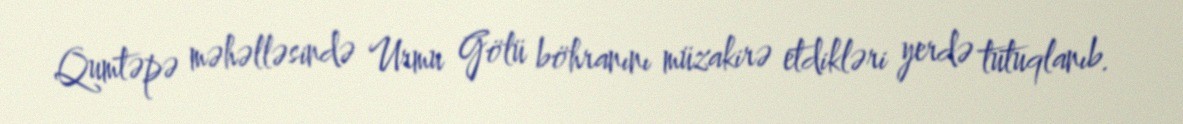
Qumtəpə məhəlləsində Urmu Gölü böhranını müzakirə etdikləri yerdə tutuqlanıb.